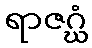
ရာဇဂ္ဃံ